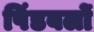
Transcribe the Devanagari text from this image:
पिंडबलों